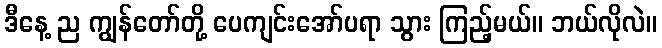
ဒီနေ့ ည ကျွန်တော်တို့ ပေကျင်းအော်ပရာ သွား ကြည့်မယ်။ ဘယ်လိုလဲ။